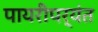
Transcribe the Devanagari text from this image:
पायरीपर्यंत